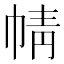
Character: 𢃢